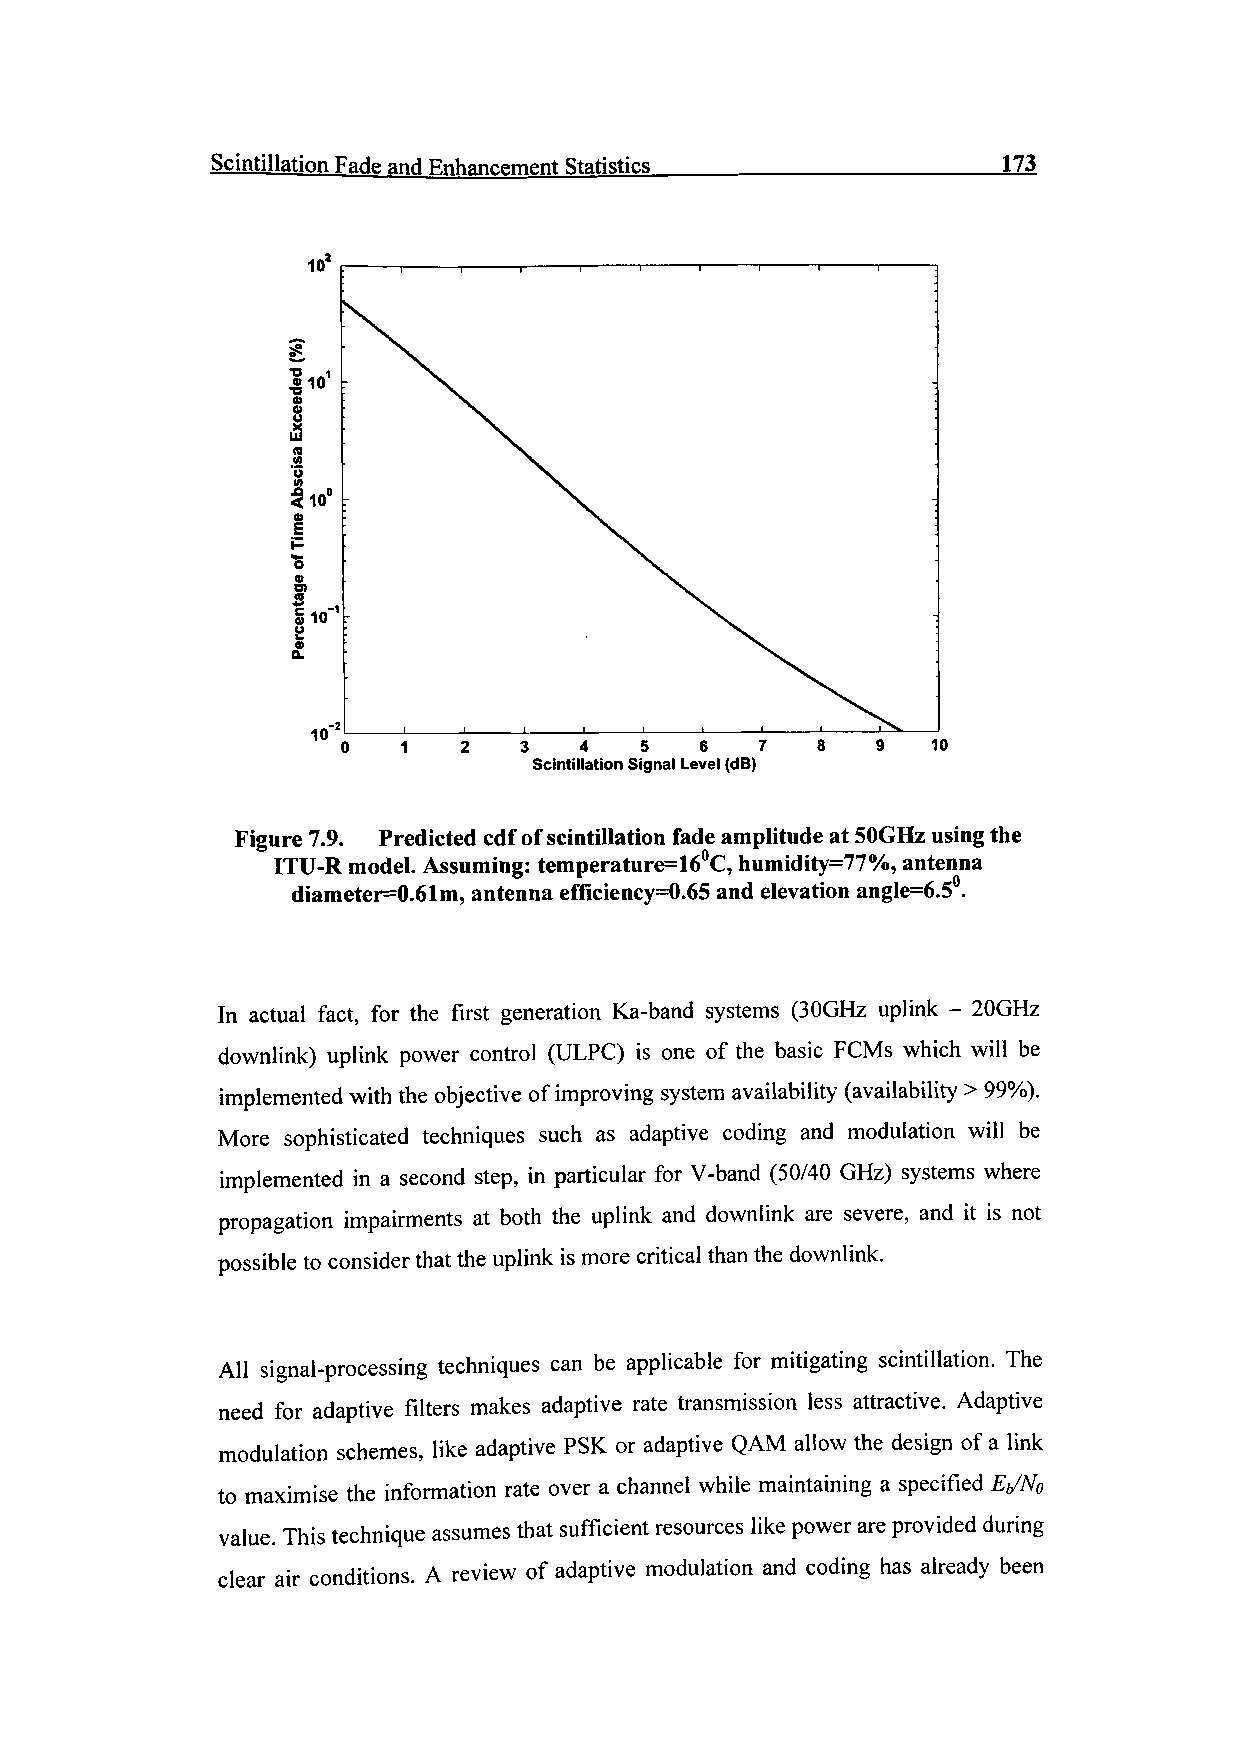
Scintillation Fade and Enhancement Statistics       173
 3   4   5   6   7           10
 Scintillation Signal Level (dB)
 Figure 7.9. Predicted cdf of scintillation fade amplitude at SOGHz using the
 ITU-R model. Assuming: temperature=16°C, humidity=77%, antenna
 diameter=0.61m, antenna efficiency=0.65 and elevation angle=6.5°.
 In actual fact, for the first generation Ka-band systems (SOGHz uplink - 20GHz
 downlink) uplink power control (ULPC) is one of the basic FCMs which will be
 implemented with the objective of improving system availability (availability > 99%).
 More sophisticated techniques such as adaptive coding and modulation will be
 implemented in a second step, in particular for V-band (50/40 GHz) systems where
 propagation impairments at both the uplink and downlink are severe, and it is not
 possible to consider that the uplink is more critical than the downlink.
 All signal-processing techniques can be applicable for mitigating scintillation. The
 need for adaptive filters makes adaptive rate transmission less attractive. Adaptive
 modulation schemes, like adaptive PSK or adaptive QAM allow the design of a link
 to maximise the information rate over a channel while maintaining a specified E//No
 value. This technique assumes that sufficient resources like power are provided during
 clear air conditions. A review of adaptive modulation and coding has already been